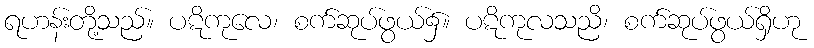
ရဟန်းတို့သည်။ ပဋိကုလေ၊ စက်ဆုပ်ဖွယ်၌။ ပဋိကုလသညိ၊ စက်ဆုပ်ဖွယ်ရှိဟု